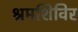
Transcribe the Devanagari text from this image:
श्रमशिविर